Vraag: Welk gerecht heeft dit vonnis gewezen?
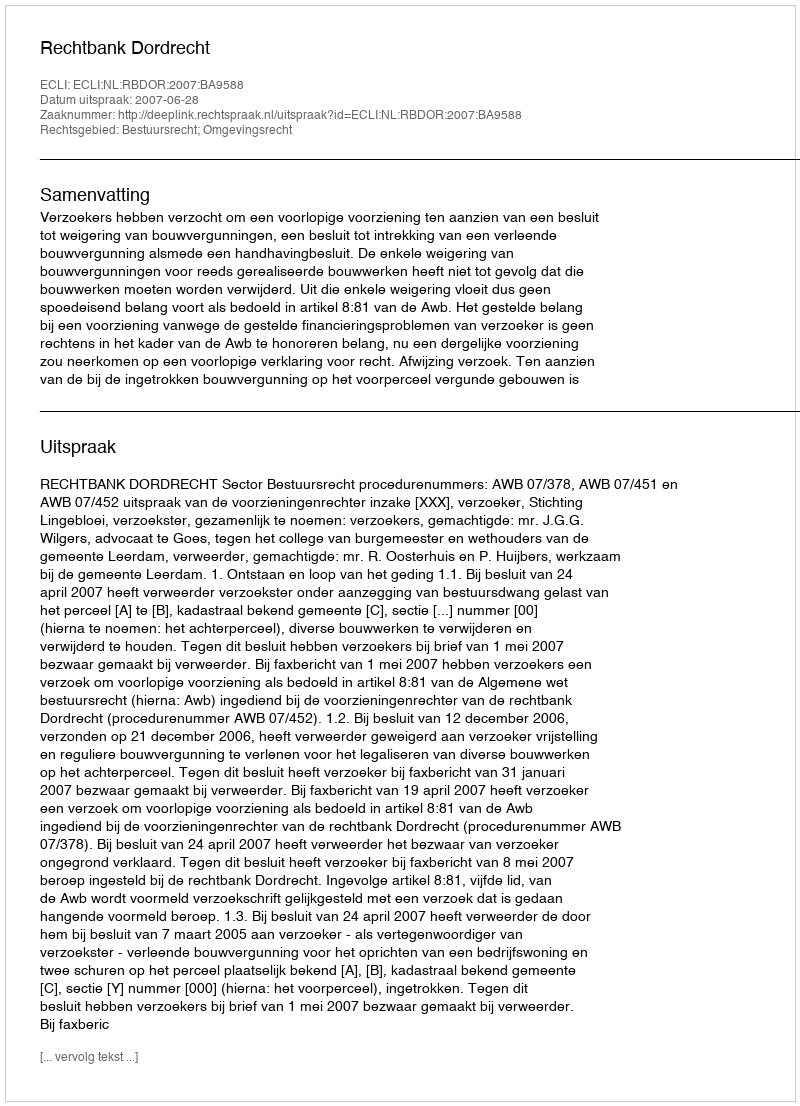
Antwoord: Rechtbank Dordrecht